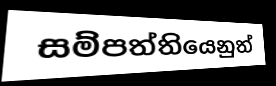
සම්පත්තියෙනුත්